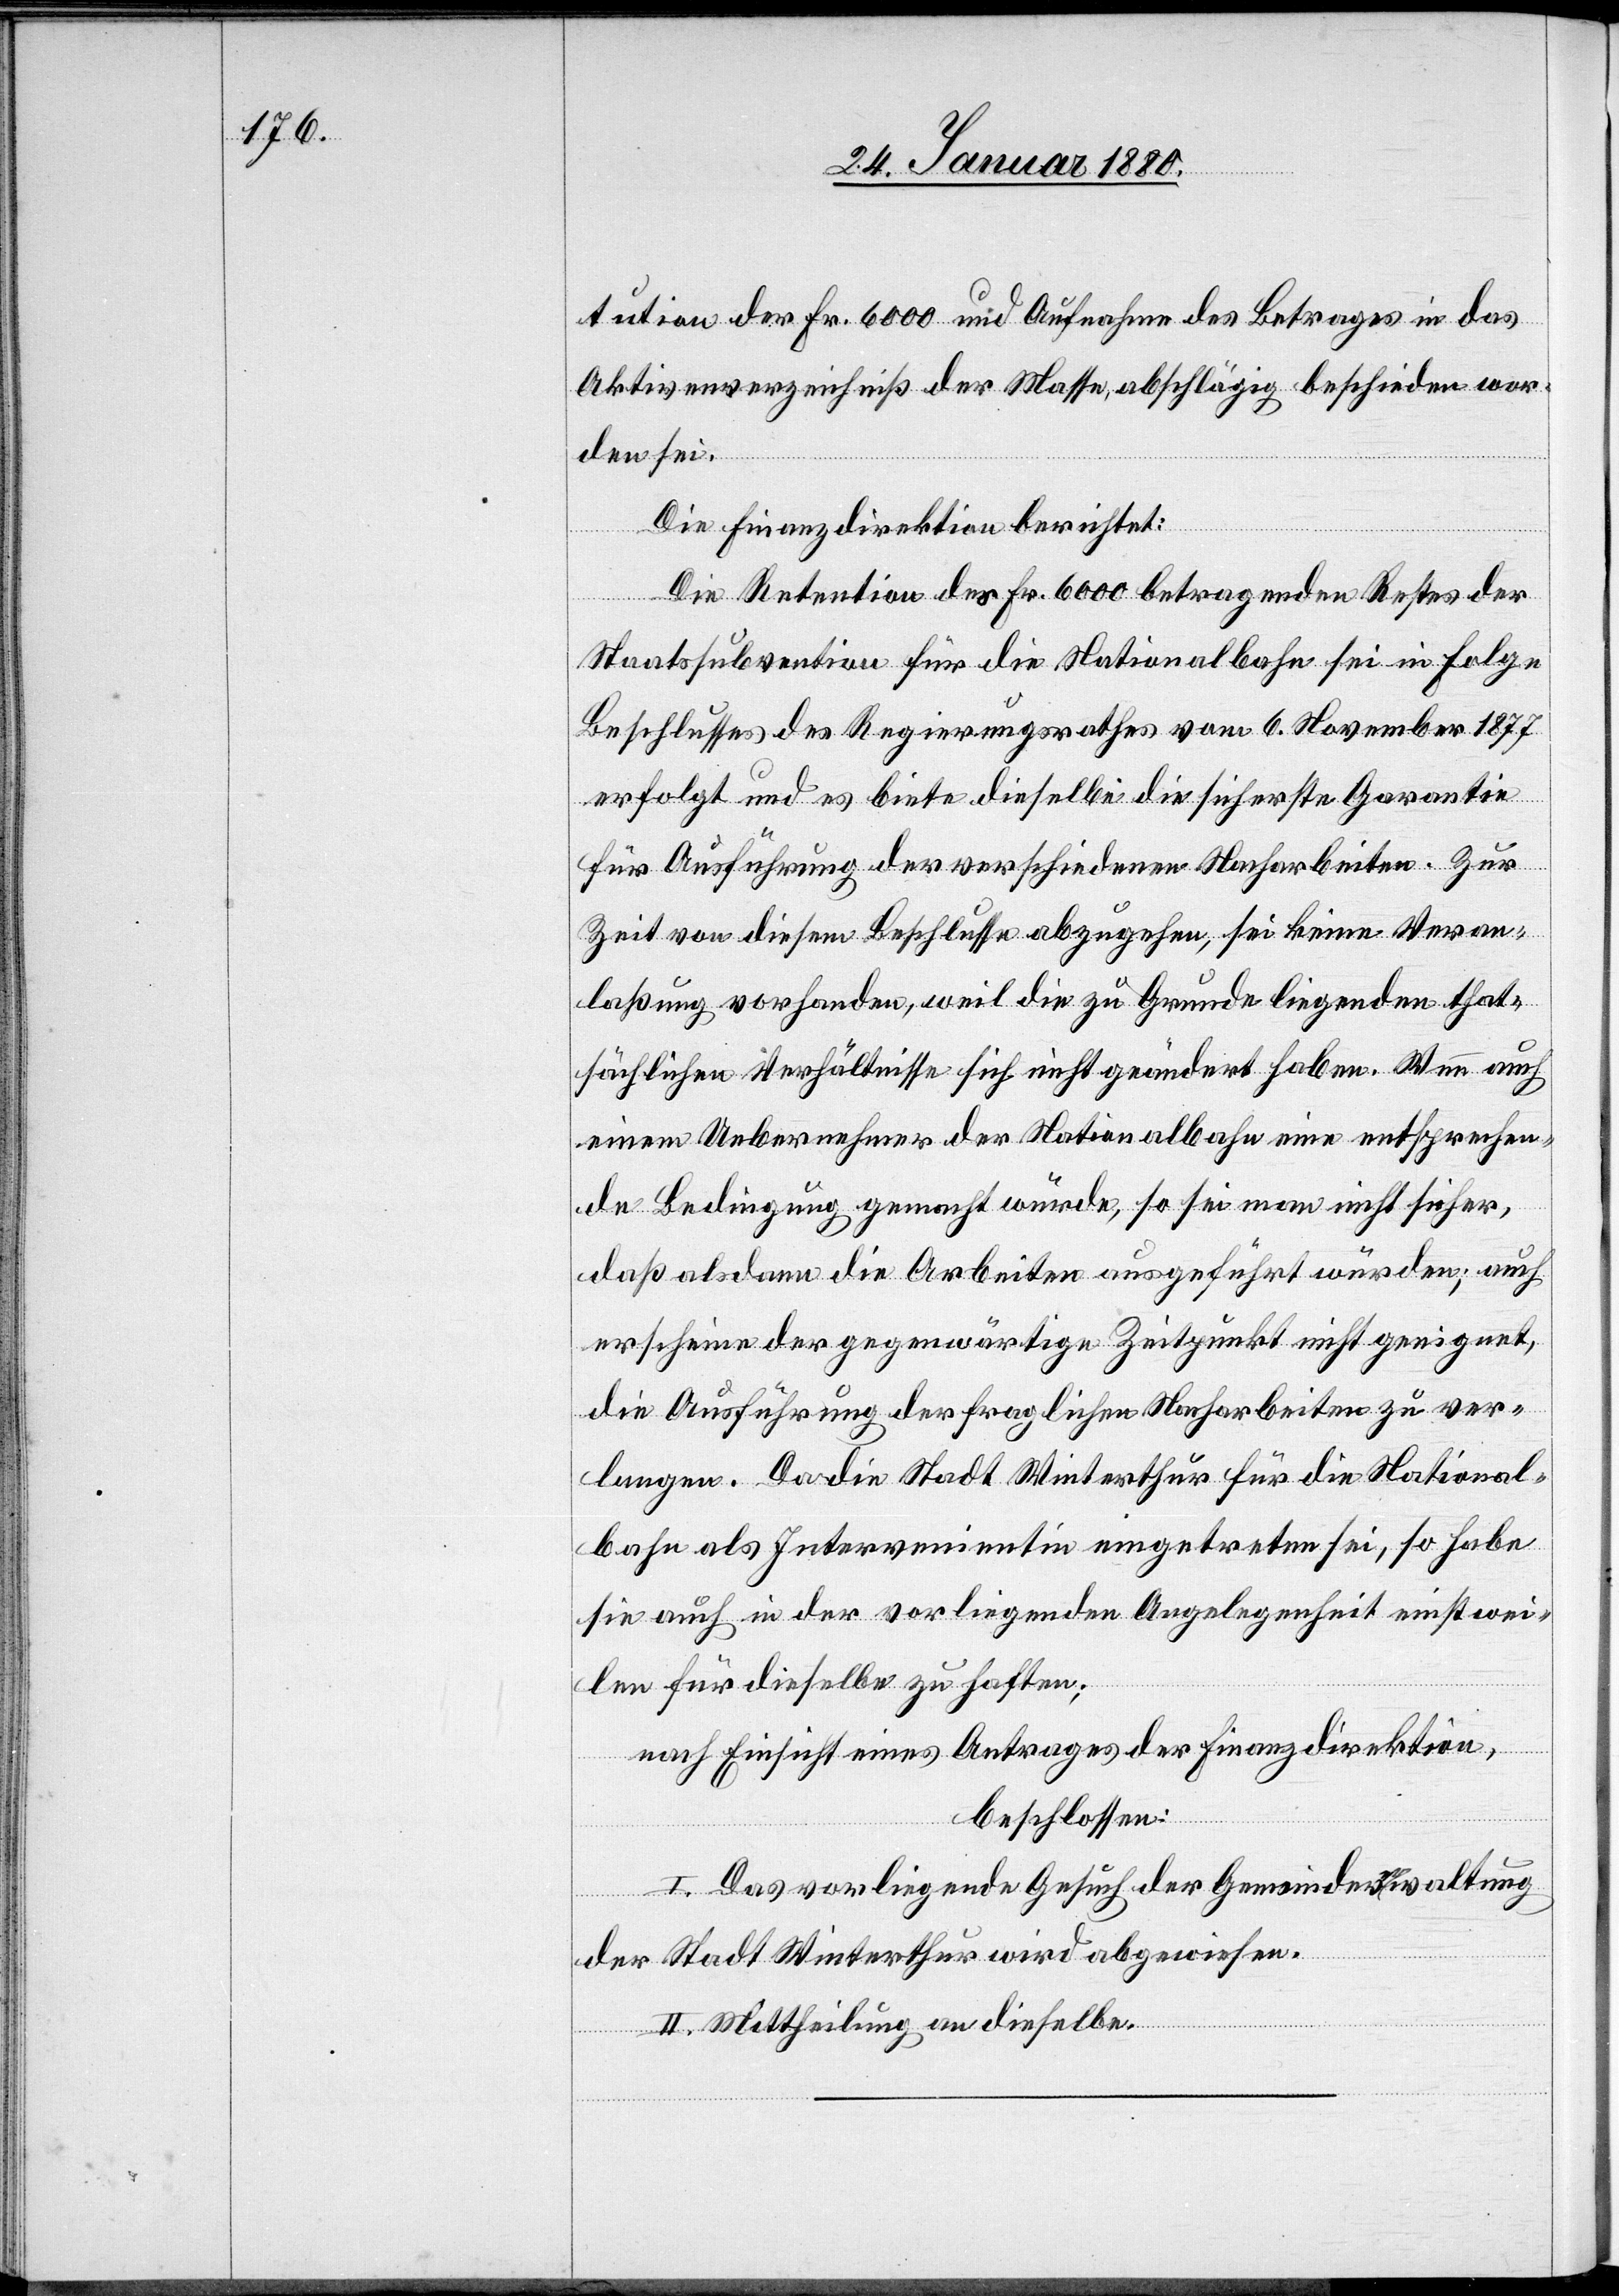
tution der Fr. 6000 und Aufnahme des Betrages in das
Aktivenverzeichniß der Masse, abschlägig beschieden wor¬
den sei.
Die Finanzdirektion berichtet:
Die Retention des Fr. 6000 betragenden Restes der
Staatssubvention für die Nationalbahn sei in Folge
Beschlusses des Regierungsrathes vom 6. November 1877
erfolgt und es biete dieselbe die sicherste Garantie
für Ausführung der verschiedenen Nacharbeiten. Zur
Zeit von diesem Beschluss abzugehen, sei keine Veran¬
laßung vorhanden, weil die zu Grunde liegenden that¬
sächlichen Verhältnisse sich nicht geändert haben. Wenn auch
einem Uebernehmer der Nationalbahn eine entsprechen¬
de Bedingung gemacht würde, so sei man nicht sicher,
daß alsdann die Arbeiten ausgeführt würden; auch
erscheine der gegenwärtige Zeitpunkt nicht geeignet,
die Ausführung der fraglichen Nacharbeiten zu ver¬
langen. Da die Stadt Winterthur für die National¬
bahn als Intervenientin eingetreten sei, so habe
sie auch in der vorliegenden Angelegenheit einstwei¬
len für dieselbe zu haften.
nach Einsicht eines Antrages der Finanzdirektion,
beschlossen:
I. Das vorliegende Gesuch der Gemeindeverwaltung
der Stadt Winterthur wird abgewiesen.
II. Mittheilung an dieselbe.